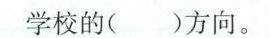
学校的( )方向。